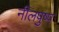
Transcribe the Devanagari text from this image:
नीलपुष्प